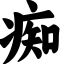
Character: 痴